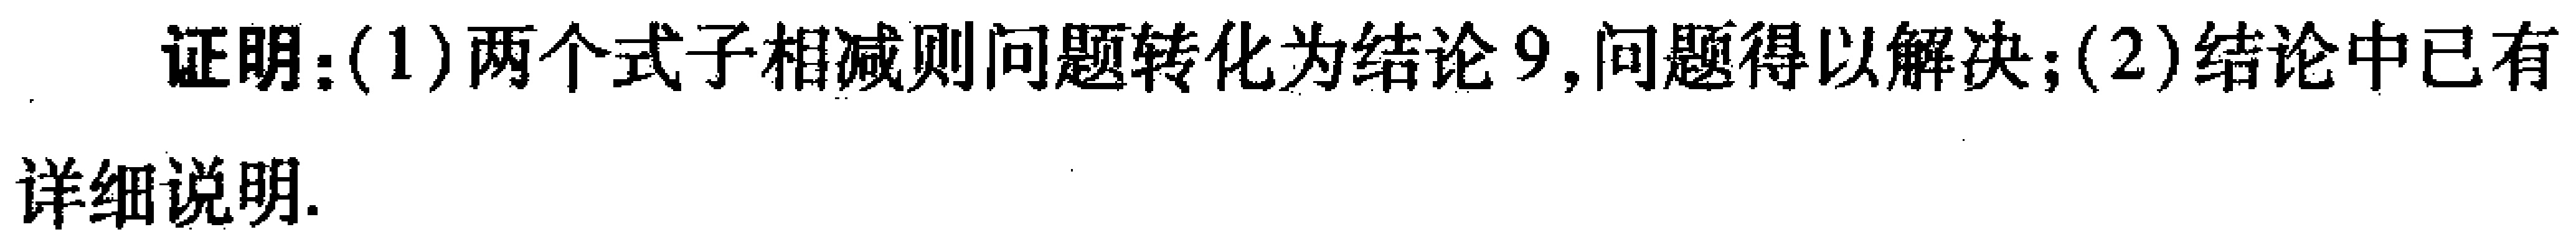
证明：(1)两个式子相减则问题转化为结论9,问题得以解决；(2)结论中已有

详细说明.